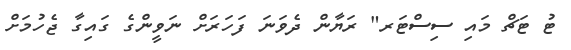
ޓު ޓަޗް މައި ސިސްޓަރ" ރަޔާން ދެވަނަ ފަހަރަށް ނަވީންގެ ގައިގާ ޖެހުމަށް